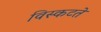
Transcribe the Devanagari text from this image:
विस्कटते